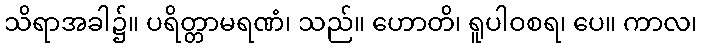
သိရာအခါ၌။ ပရိတ္တာမရဏံ၊ သည်။ ဟောတိ၊ ရူပါဝစရ၊ ပေ။ ကာလ၊